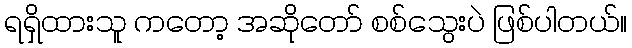
ရရှိထားသူ ကတော့ အဆိုတော် စစ်သွေးပဲ ဖြစ်ပါတယ်။